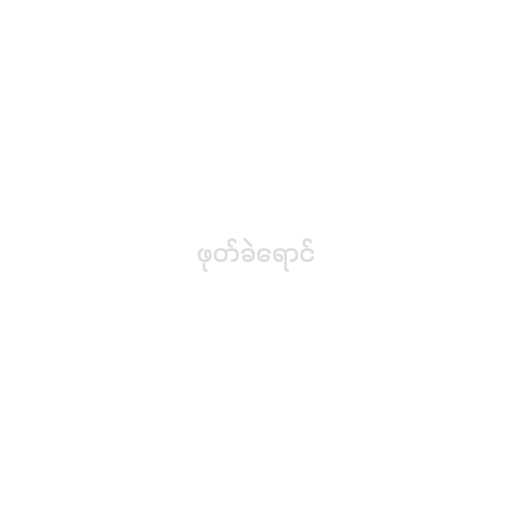
ဖုတ်ခဲရောင်